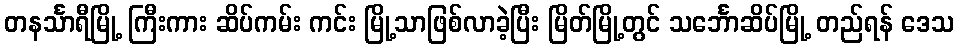
တနင်္သာရီမြို့ ကြီးကား ဆိပ်ကမ်း ကင်း မြို့သာဖြစ်လာခဲ့ပြီး မြိတ်မြို့တွင် သင်္ဘောဆိပ်မြို့ တည်ရန် ဒေသ